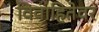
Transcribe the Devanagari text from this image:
विवाहितेवर